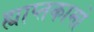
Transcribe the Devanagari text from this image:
ह्याप्तकामो